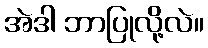
အဲဒါ ဘာပြုလို့လဲ။